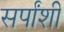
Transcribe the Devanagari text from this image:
सर्पांशी